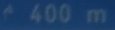
400 m